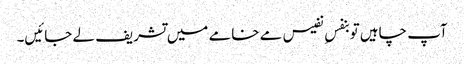
آپ چاہیں تو بنفسِ نفیس مے خامے میں تشریف لے جائیں۔